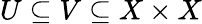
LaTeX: U\subseteq V\subseteq X\times X